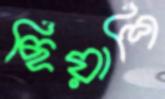
ছিয়াশি